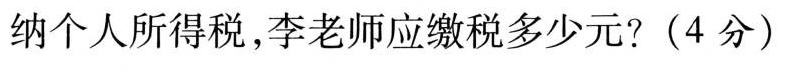
纳个人所得税，李老师应缴税多少元?(4分)